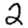
Digit: 2